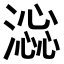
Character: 𣾫